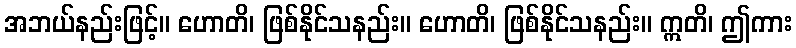
အဘယ်နည်းဖြင့်။ ဟောတိ၊ ဖြစ်နိုင်သနည်း။ ဟောတိ၊ ဖြစ်နိုင်သနည်း။ ဣတိ၊ ဤကား